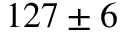
1 2 7 \pm 6